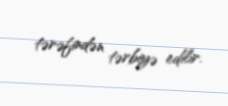
tərəfindən tərbiyə edilir.